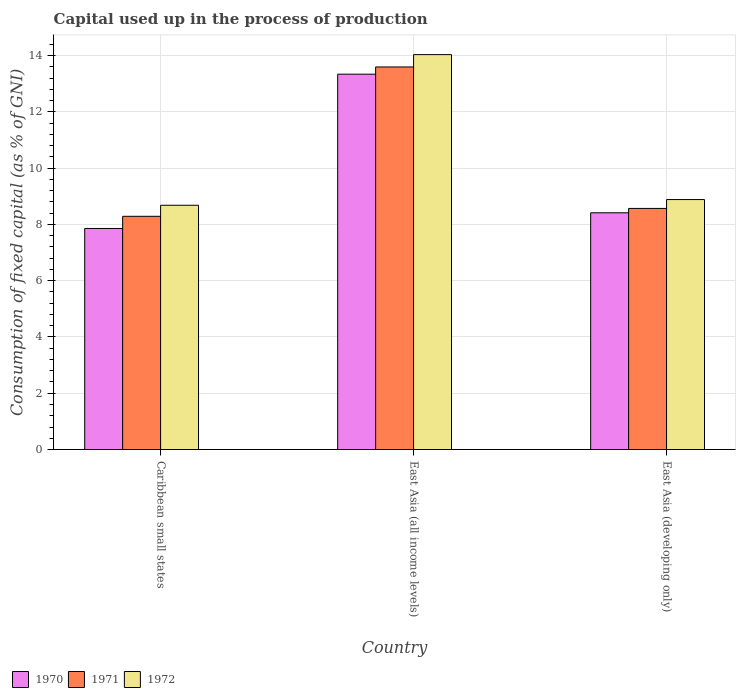
| Country | 1970 | 1971 | 1972 |
 | --- | --- | --- | --- |
 | Caribbean small states | 7.85 | 8.29 | 8.68 |
 | East Asia (all income levels) | 13.3 | 13.6 | 14 |
 | East Asia (developing only) | 8.41 | 8.57 | 8.88 |